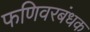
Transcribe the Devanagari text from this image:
फणिवरबंधक